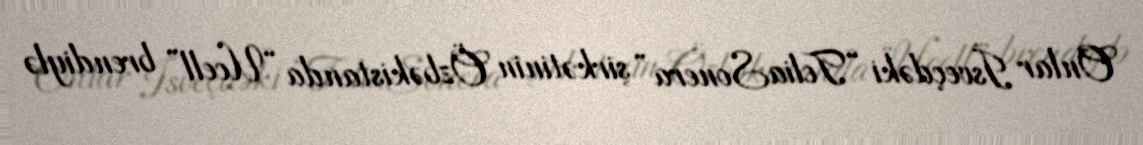
Onlar İsveçdəki “TeliaSonera” şirkətinin Özbəkistanda “Ucell” brendiylə